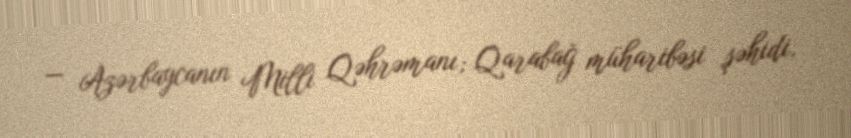
— Azərbaycanın Milli Qəhrəmanı; Qarabağ müharibəsi şəhidi.